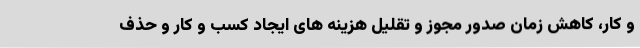
و کار، کاهش زمان صدور مجوز و تقلیل هزینه های ایجاد کسب و کار و حذف